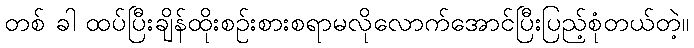
တစ် ခါ ထပ်ပြီးချိန်ထိုးစဉ်းစားစရာမလိုလောက်အောင်ပြီးပြည့်စုံတယ်တဲ့။